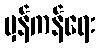
မှန်ကန်ရေး